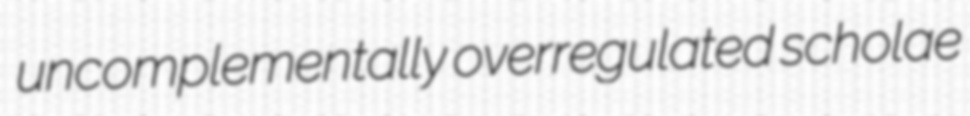
uncomplementally overregulated scholae